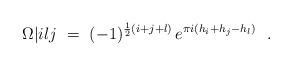
LaTeX: \begin{align*}\Omega \vert{i}{l}{j}\ =\ (-1)^{\frac12 (i+j+l)}\, e^{\pi i(h_i +h_j - h_l)}\ \ .\end{align*}